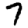
Digit: 7